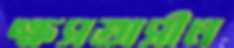
ক্ষসতাসীন